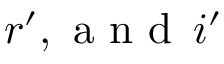
r ^ { \prime } , \mathrm { ~ a ~ n ~ d ~ } \, i ^ { \prime }